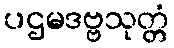
ပဌမဒဗ္ဗသုတ္တံ